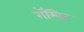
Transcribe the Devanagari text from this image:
गॅम्बिट